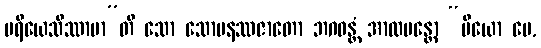
ပရိယေသိဿာမာ”တိ သော သောမနဿဇာတော ဘဂဝန္တံ အာလပန္တော “ပိယော မေ,